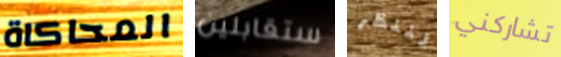
المحاكاة ستقابلين لننظر تشاركني